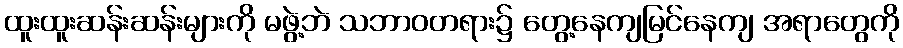
ထူးထူးဆန်းဆန်းများကို မဖွဲ့ဘဲ သဘာဝတရား၌ တွေ့နေကျမြင်နေကျ အရာတွေကို